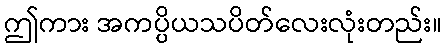
ဤကား အကပ္ပိယသပိတ်လေးလုံးတည်း။